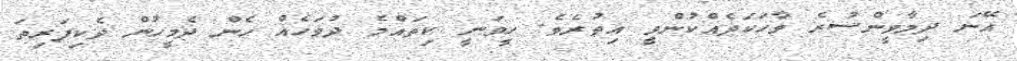
އޭނަ ދިމާވީންސުރެ ވާހަކަދެއްކުންވީ އިތުރެވެ. ހީވަނީ ކިތައްމެ ދުވަހެއް ހެން ދެމީހުން ދެކިފަރިތަ